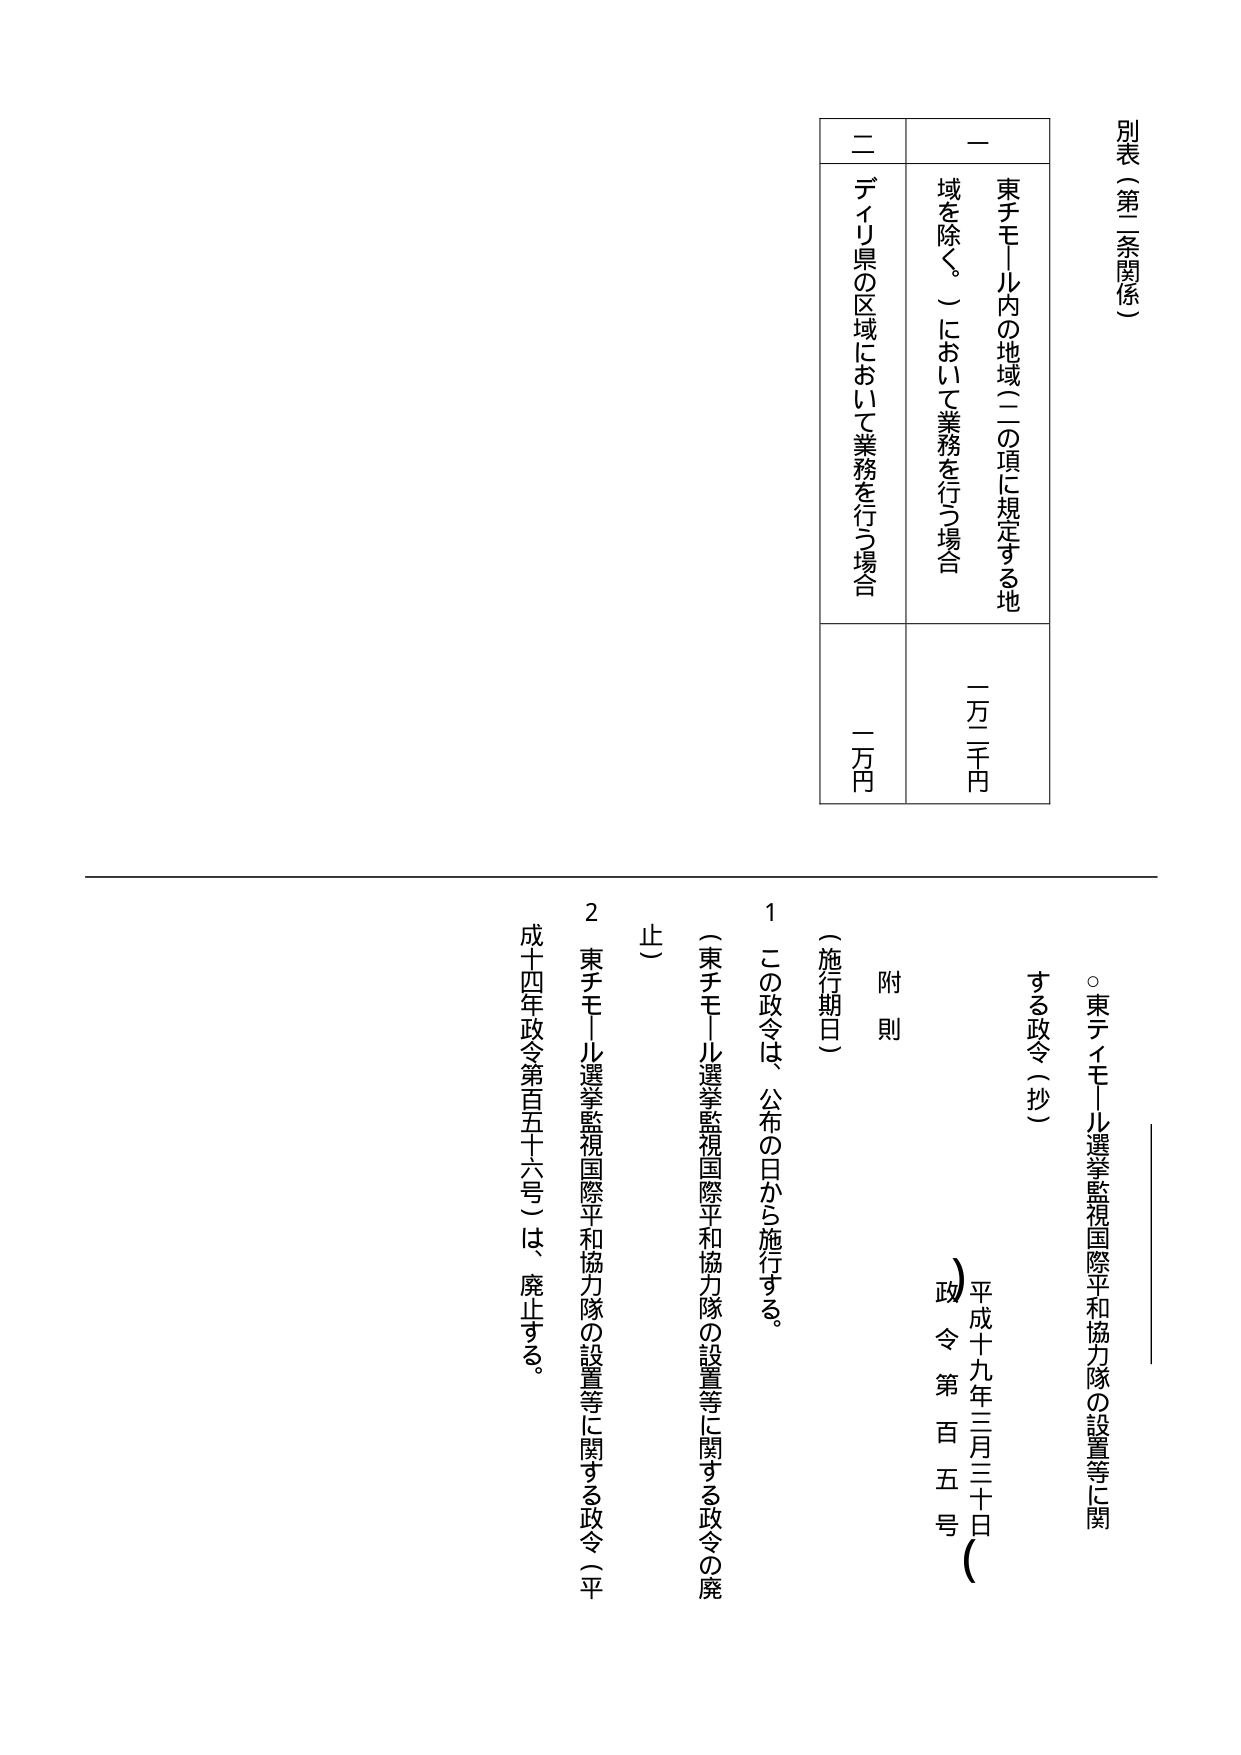
別表（第二条関係）

一 東チモール内の地域（二の項に規定する地域を除く。）において業務を行う場合 一万二千円
二 ディリ県の区域において業務を行う場合 一万円

○ 東ティモール選挙監視国際平和協力隊の設置等に関する政令（抄）
平成十九年三月三十日 政令第百五号

附則

（施行期日）
１ この政令は、公布の日から施行する。
（東チモール選挙監視国際平和協力隊の設置等に関する政令の廃止）
２ 東チモール選挙監視国際平和協力隊の設置等に関する政令（平成十四年政令第百五十六号）は、廃止する。